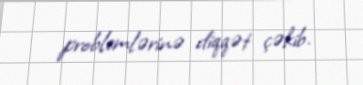
problemlərinə diqqət çəkib.